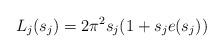
LaTeX: \begin{align*}L_{j}(s_{j})=2\pi^{2}s_{j}(1+s_{j}e(s_{j}))\end{align*}